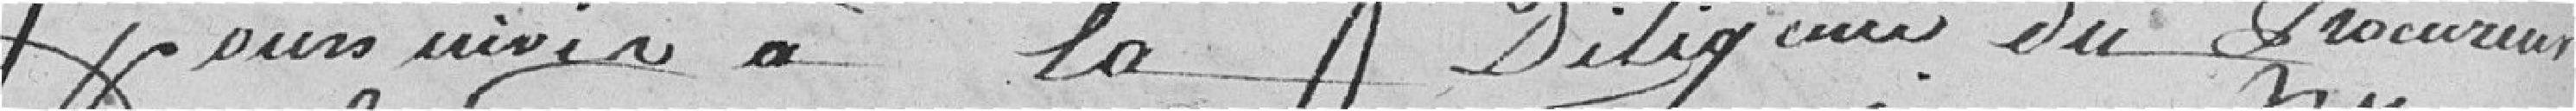
poursuivis à la Diligence du Procureur